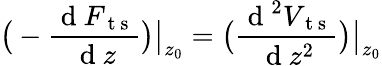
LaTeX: \big(-\frac{\mathrm{~d~}F_{\mathrm{~t~s~}}}{\mathrm{~d~}z}\big)\big|_{z_{0}}=\big(\frac{\mathrm{~d~}^{2}V_{\mathrm{~t~s~}}}{\mathrm{~d~}z^{2}}\big)\big|_{z_{0}}